Senior Leaving Certificate Examination (including Day School Certificate (Higher) General paper), 1946
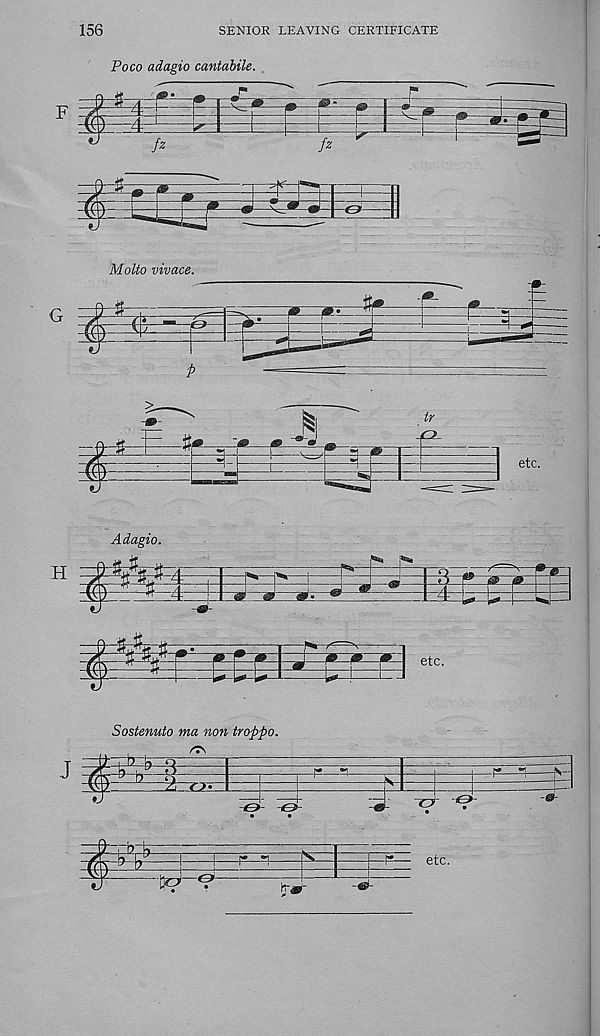
156
SENIOR LEAVING CERTIFICATE
Poco adagio cantabile. .
Adagio.
Sostenuto ma non trojopo.
etc.